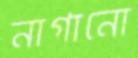
নাগানো